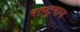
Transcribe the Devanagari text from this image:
राष्‍ट्रगान